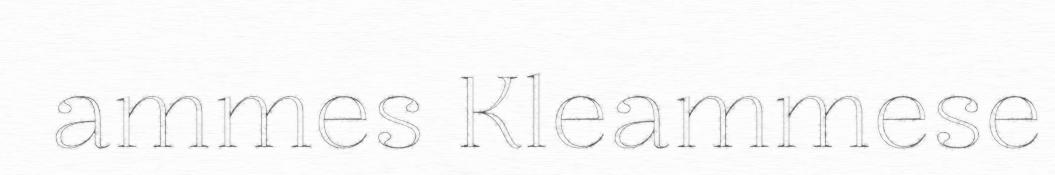
ammes Kleammese